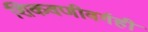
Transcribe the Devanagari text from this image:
शिकवणीवर्गही